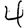
Digit: 4